Rangoon Lunatic Asylum 1898-1906 - 1898-1906
Year: 1898
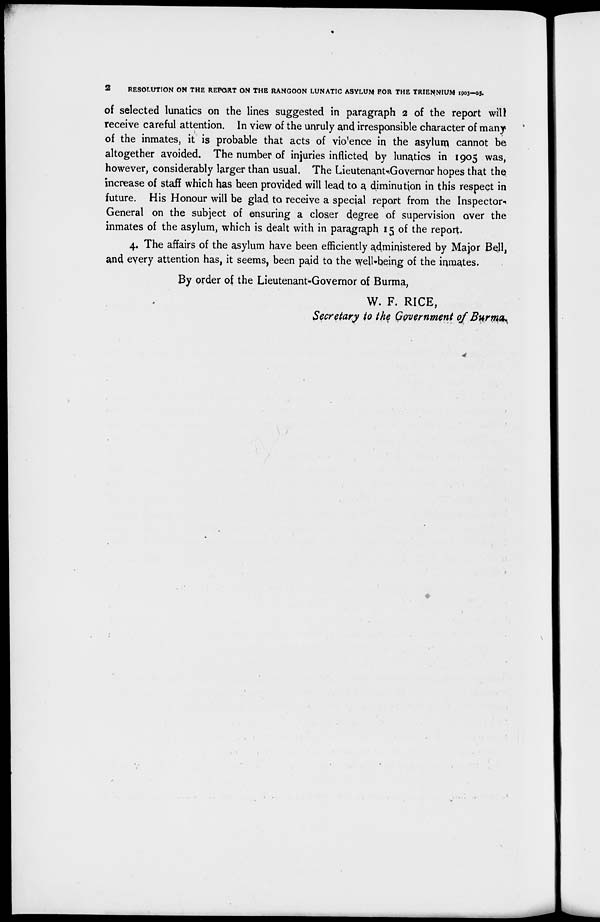
2
RESOLUTION ON THE REPORT ON THE RANGOON LUNATIC ASYLUM FOR THE TRIENNIUM 1903-05.
of selected lunatics on the lines suggested in paragraph 2 of the report will
receive careful attention. In view of the unruly and irresponsible character of many
of the inmates, it is probable that acts of violence in the asylum cannot be
altogether avoided. The number of injuries inflicted by lunatics in 1905 was,
however, considerably larger than usual. The Lieutenant-Governor hopes that the
increase of staff which has been provided will lead to a diminution in this respect in
future. His Honour will be glad to receive a special report from the Inspector-
General on the subject of ensuring a closer degree of supervision over the
inmates of the asylum, which is dealt with in paragraph 15 of the report.
4. The affairs of the asylum have been efficiently administered by Major Bell,
and every attention has, it seems, been paid to the well-being of the inmates.
By order of the Lieutenant-Governor of Burma,
W. F. RICE,
Secretary to the Government of Burma.